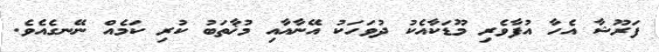
ފަރޫޝާ އެހާ އުފާވެރި މޫޑަކާއެކު ދުވަހަކު އޭނާއާއި މުޚާތަބު ކުރި ކަމެއް ނޭނގެއެވެ.